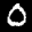
Label: 0